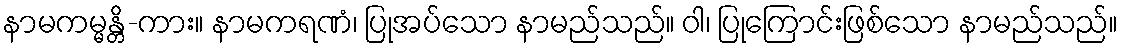
နာမကမ္မန္တိ-ကား။ နာမကရဏံ၊ ပြုအပ်သော နာမည်သည်။ ဝါ၊ ပြုကြောင်းဖြစ်သော နာမည်သည်။